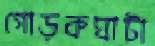
গোড়কঘাটা